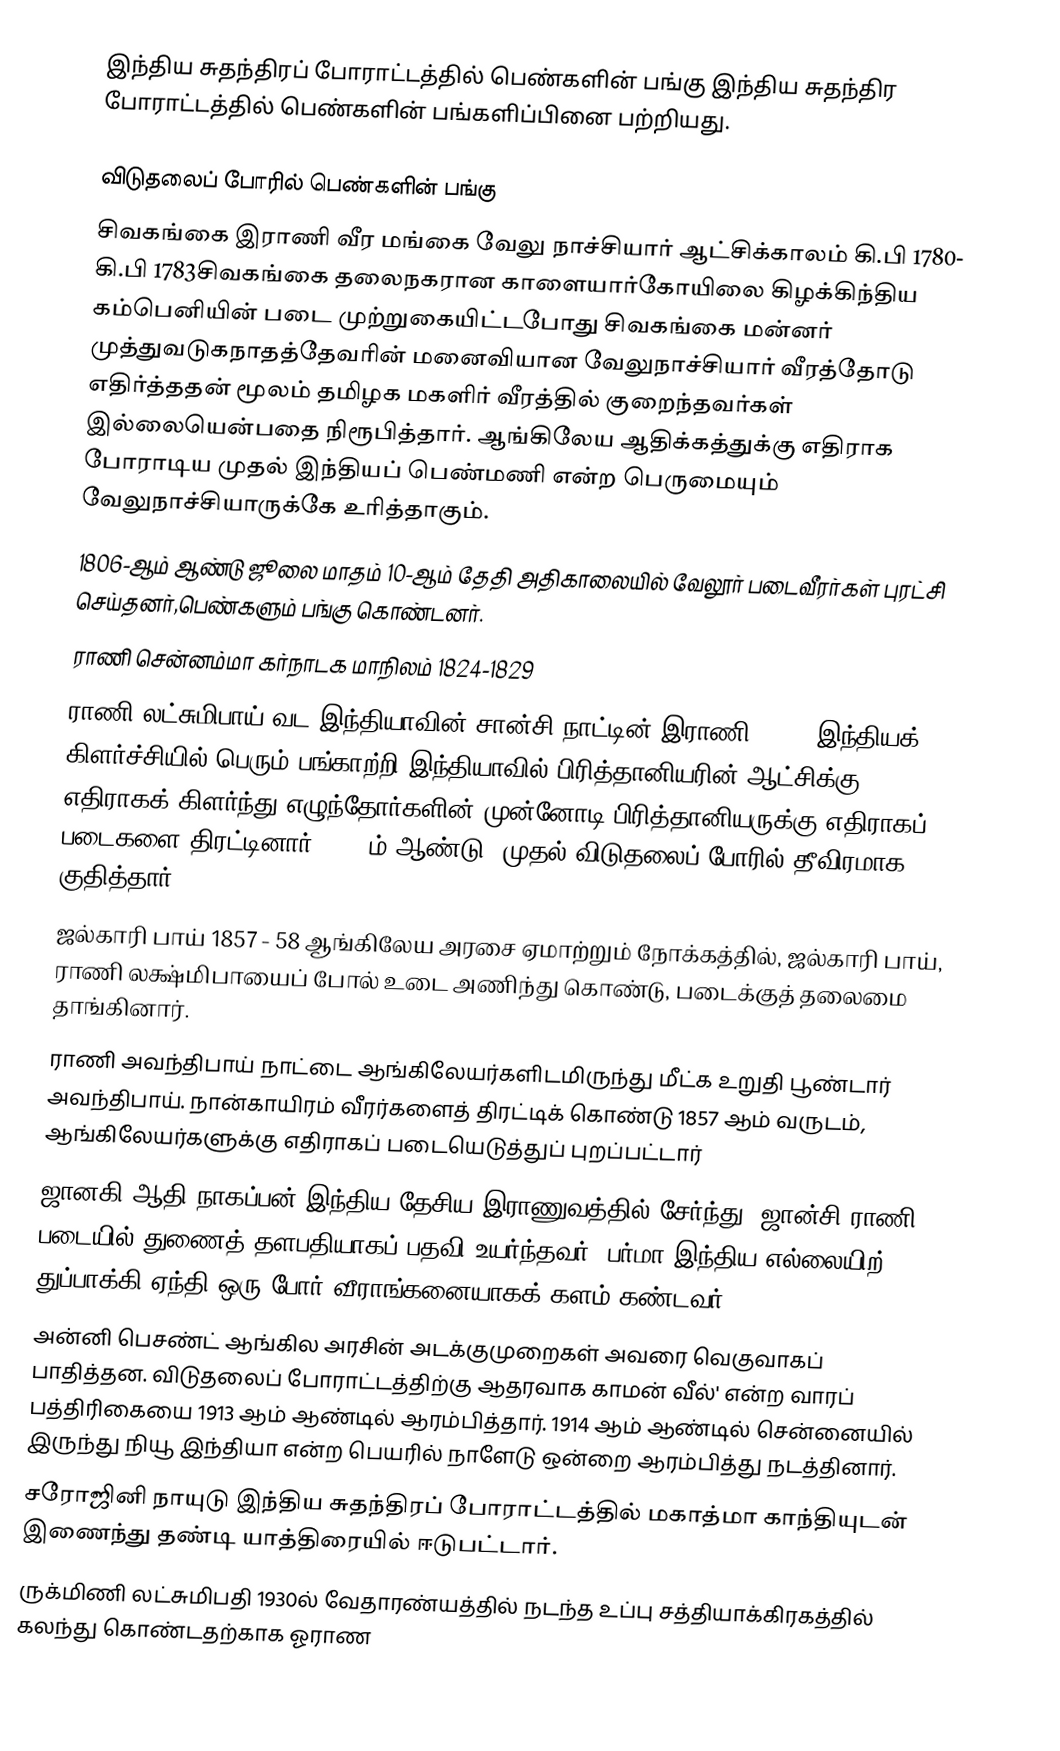
இந்திய சுதந்திரப் போராட்டத்தில் பெண்களின் பங்கு இந்திய சுதந்திர போராட்டத்தில் பெண்களின் பங்களிப்பினை பற்றியது.

விடுதலைப் போரில் பெண்களின் பங்கு
சிவகங்கை இராணி வீர மங்கை வேலு நாச்சியார் ஆட்சிக்காலம் கி.பி 1780- கி.பி 1783சிவகங்கை தலைநகரான காளையார்கோயிலை கிழக்கிந்திய கம்பெனியின் படை முற்றுகையிட்டபோது சிவகங்கை மன்னர் முத்துவடுகநாதத்தேவரின் மனைவியான வேலுநாச்சியார் வீரத்தோடு எதிர்த்ததன் மூலம் தமிழக மகளிர் வீரத்தில் குறைந்தவர்கள் இல்லையென்பதை நிரூபித்தார். ஆங்கிலேய ஆதிக்கத்துக்கு எதிராக போராடிய முதல் இந்தியப் பெண்மணி என்ற பெருமையும் வேலுநாச்சியாருக்கே உரித்தாகும்.
1806-ஆம் ஆண்டு ஜூலை மாதம் 10-ஆம் தேதி அதிகாலையில் வேலூர் படைவீரர்கள் புரட்சி செய்தனர்,பெண்களும் பங்கு கொண்டனர்.
ராணி சென்னம்மா கர்நாடக மாநிலம் 1824-1829
ராணி லட்சுமிபாய் வட இந்தியாவின் சான்சி நாட்டின் இராணி. 1857 இந்தியக் கிளர்ச்சியில் பெரும் பங்காற்றி இந்தியாவில் பிரித்தானியரின் ஆட்சிக்கு எதிராகக் கிளர்ந்து எழுந்தோர்களின் முன்னோடி பிரித்தானியருக்கு எதிராகப் படைகளை திரட்டினார். 1857ம் ஆண்டு, முதல் விடுதலைப் போரில் தீவிரமாக குதித்தார்
ஜல்காரி பாய் 1857 - 58 ஆங்கிலேய அரசை ஏமாற்றும் நோக்கத்தில், ஜல்காரி பாய், ராணி லக்ஷ்மிபாயைப் போல் உடை அணிந்து கொண்டு, படைக்குத் தலைமை தாங்கினார்.
ராணி அவந்திபாய் நாட்டை ஆங்கிலேயர்களிடமிருந்து மீட்க உறுதி பூண்டார் அவந்திபாய். நான்காயிரம் வீரர்களைத் திரட்டிக் கொண்டு 1857 ஆம் வருடம், ஆங்கிலேயர்களுக்கு எதிராகப் படையெடுத்துப் புறப்பட்டார்
ஜானகி ஆதி நாகப்பன் இந்திய தேசிய இராணுவத்தில் சேர்ந்து, ஜான்சி ராணி படையில் துணைத் தளபதியாகப் பதவி உயர்ந்தவர். பர்மா இந்திய எல்லையிற் துப்பாக்கி ஏந்தி ஒரு போர் வீராங்கனையாகக் களம் கண்டவர்.
அன்னி பெசண்ட் ஆங்கில அரசின் அடக்குமுறைகள் அவரை வெகுவாகப் பாதித்தன. விடுதலைப் போராட்டத்திற்கு ஆதரவாக காமன் வீல்' என்ற வாரப் பத்திரிகையை 1913 ஆம் ஆண்டில் ஆரம்பித்தார். 1914 ஆம் ஆண்டில் சென்னையில் இருந்து நியூ இந்தியா என்ற பெயரில் நாளேடு ஒன்றை ஆரம்பித்து நடத்தினார்.
சரோஜினி நாயுடு இந்திய சுதந்திரப் போராட்டத்தில் மகாத்மா காந்தியுடன் இணைந்து தண்டி யாத்திரையில் ஈடுபட்டார்.
ருக்மிணி லட்சுமிபதி 1930ல் வேதாரண்யத்தில் நடந்த உப்பு சத்தியாக்கிரகத்தில் கலந்து கொண்டதற்காக ஓராண